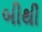
બીથી